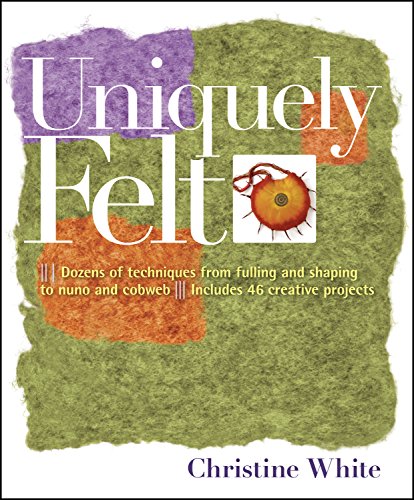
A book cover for Uniquely Felt; Christine White; Crafts, Hobbies & Home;